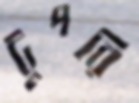
টুপরি